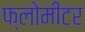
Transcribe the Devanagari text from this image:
फ्लोमीटर